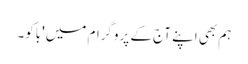
ہم بھی اپنے آج کے پروگرام میں 'باکو۔